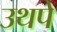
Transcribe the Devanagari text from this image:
उथपे